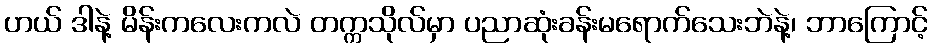
ဟယ် ဒါနဲ့ မိန်းကလေးကလဲ တက္ကသိုလ်မှာ ပညာဆုံးခန်းမရောက်သေးဘဲနဲ့၊ ဘာကြောင့်